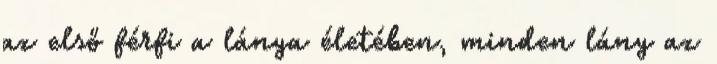
az első férfi a lánya életében, minden lány az